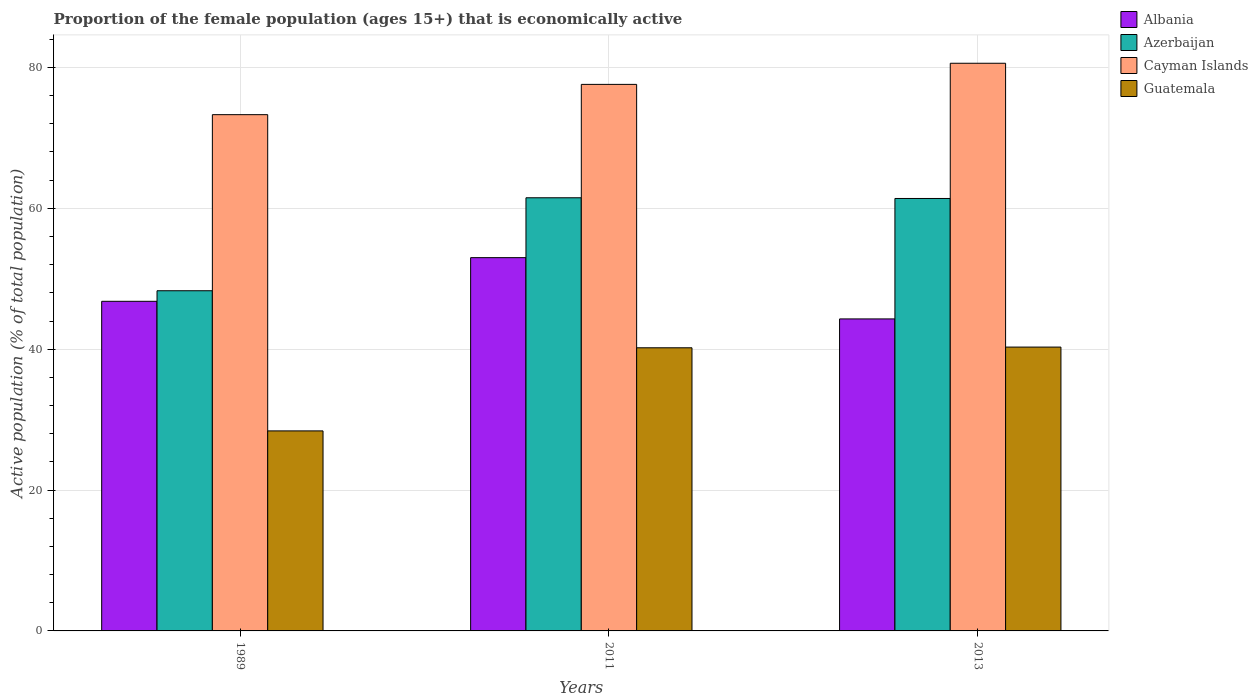
| Years | Albania | Azerbaijan | Cayman Islands | Guatemala |
 | --- | --- | --- | --- | --- |
 | 1989 | 46.8 | 48.3 | 73.3 | 28.4 |
 | 2011 | 53 | 61.5 | 77.6 | 40.2 |
 | 2013 | 44.3 | 61.4 | 80.6 | 40.3 |